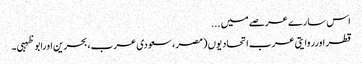
اس سارے عرصے میں ...
قطر اورروایتی عرب اتحادیوں (مصر، سعودی عرب، بحرین اورابو ظہبی۔